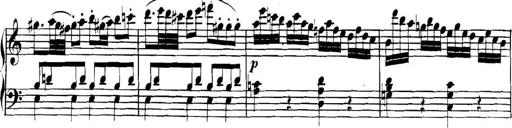
Title: Collected Piano Sonatas
Composer: Muzio Clementi